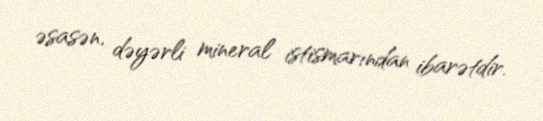
əsasən, dəyərli mineral istismarından ibarətdir.